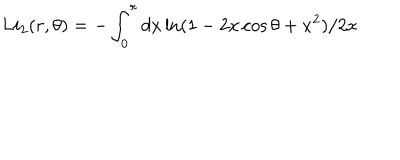
L i _ { 2 } ( r , \theta ) = - \int _ { 0 } ^ { r } d x \ln ( 1 - 2 x \cos \theta + x ^ { 2 } ) / 2 x